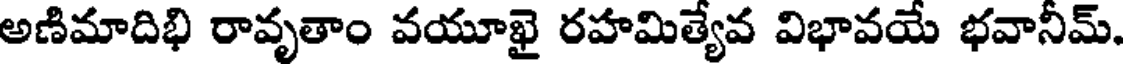
అణిమాదిభి రావృతాం వయూఖై రహమిత్యేవ విభావయే భవానీమ్.